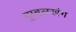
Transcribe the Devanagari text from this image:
युम्बुलखंग